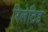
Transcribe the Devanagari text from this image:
रिलेटिड